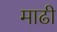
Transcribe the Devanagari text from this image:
माढी